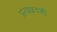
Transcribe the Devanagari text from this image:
प्रत्‍यक्षदर्शी